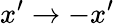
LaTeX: x^{\prime}\rightarrow-x^{\prime}